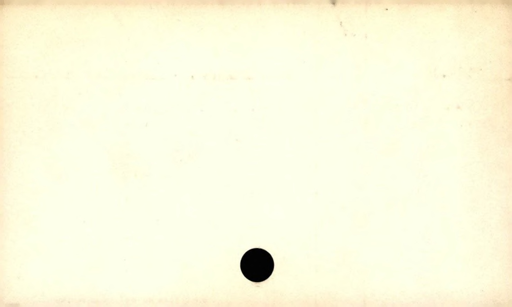
Label: blank